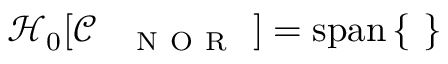
\begin{array} { r } { \mathcal { H } _ { 0 } [ \mathcal { C } _ { \mathrm { ~ \texttt ~ { ~ N ~ O ~ R ~ } ~ } } ] = \operatorname { s p a n } \left\{ \, \begin{array} { r l } \end{array} \, \right\} } \end{array}